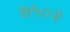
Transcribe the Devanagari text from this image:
७५०१